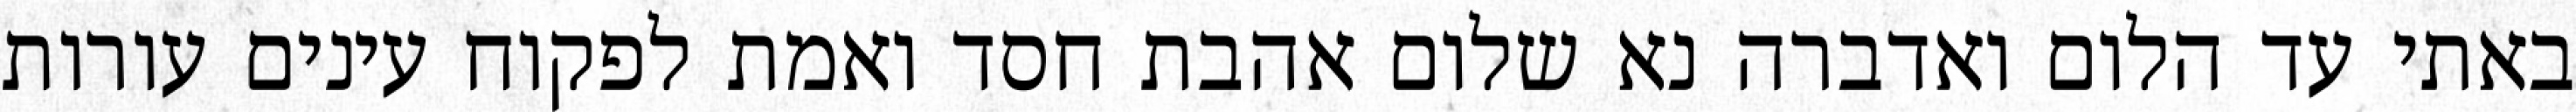
באתי עד הלום ואדברה נא שלום אהבת חסד ואמת לפקוח עינים עורות